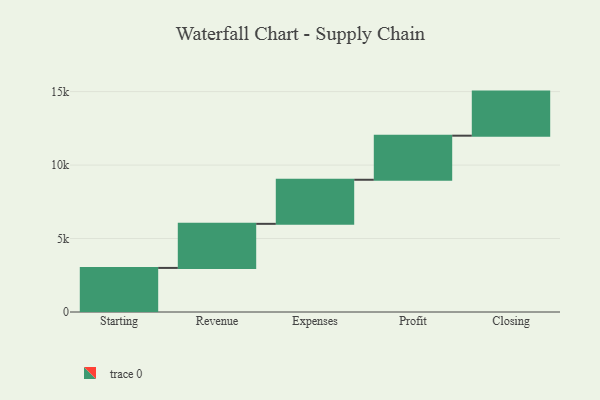
{"axis": {"x": "Step", "y": "Value"}, "legend": [""], "data": [{"x": "Starting", "y": 3000, "type": ""}, {"x": "Revenue", "y": 3000, "type": ""}, {"x": "Expenses", "y": 3000, "type": ""}, {"x": "Profit", "y": 3000, "type": ""}, {"x": "Closing", "y": 3000, "type": ""}]}